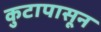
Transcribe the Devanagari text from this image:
कुटापासून